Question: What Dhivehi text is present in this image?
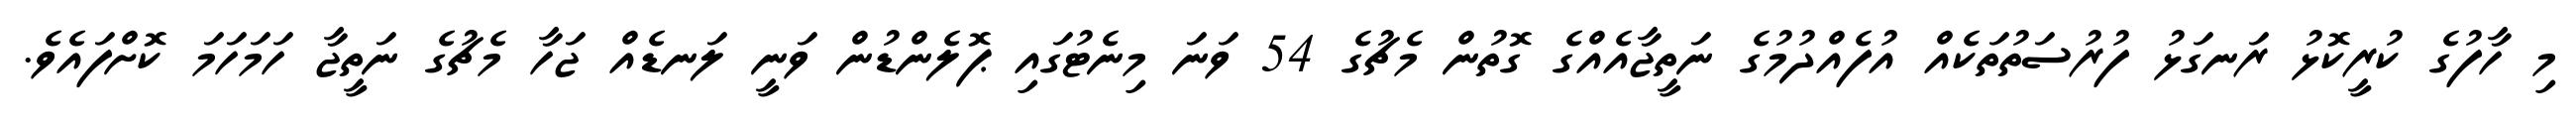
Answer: މި ހާފުގެ ކުރީކޮޅު ރަނގަޅު ފުރުސަތުތަކެއް އުފެއްދުމުގެ ނަތީޖާއެއްގެ ގޮތުން މެޗުގެ 54 ވަނަ މިނެޓުގައި ޕޮލެންޑުން ވަނީ ލަނޑެއް ޖަހާ މެޗުގެ ނަތީޖާ ހަމަހަމަ ކޮށްފައެވެ.